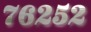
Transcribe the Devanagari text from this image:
७६२५२